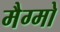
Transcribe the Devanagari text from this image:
मैग्मो